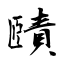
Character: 賾